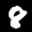
Label: 8